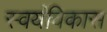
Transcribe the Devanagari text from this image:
स्वयंविकास